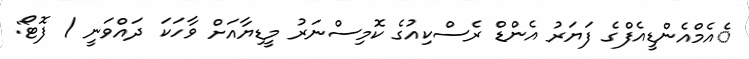
ެއެމްއެންޑީއެފްގެ ފަޔަރު އެންޑް ރެސްކިއުގެ ކޮމިސްނަރު މީޑިޔާއަށް ވާހަކަ ދައްވަނީ / ފޮޓޯ: